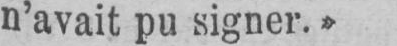
n’avait pu signer.»